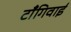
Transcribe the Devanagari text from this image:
टाँगिवाई